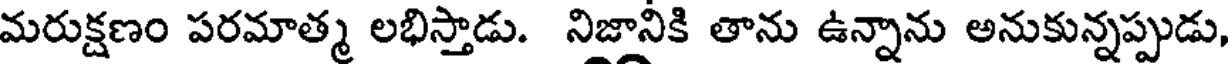
మరుక్షణం పరమాత్మ లభిస్తాడు. నిజానికి తాను ఉన్నాను అనుకున్నప్పుడు,